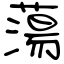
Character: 蕩